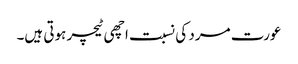
عورت مرد کی نسبت اچھی ٹیچر ہوتی ہیں۔